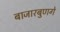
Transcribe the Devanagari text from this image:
बाजारबुणगे